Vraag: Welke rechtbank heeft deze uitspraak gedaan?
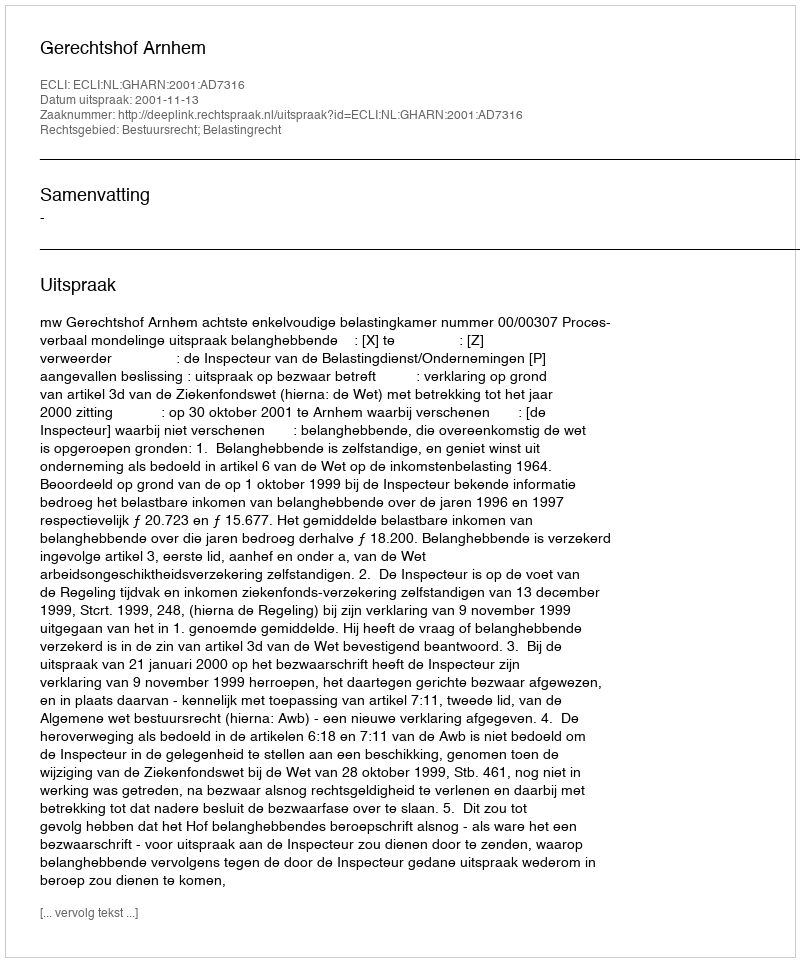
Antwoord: Gerechtshof Arnhem